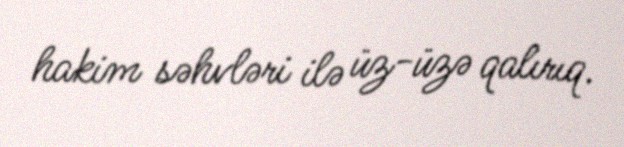
hakim səhvləri ilə üz-üzə qalırıq.